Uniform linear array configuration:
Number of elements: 64
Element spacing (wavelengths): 0.75
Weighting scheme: uniform
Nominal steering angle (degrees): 60
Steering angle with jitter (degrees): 60.648
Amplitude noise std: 0.05
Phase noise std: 0.05

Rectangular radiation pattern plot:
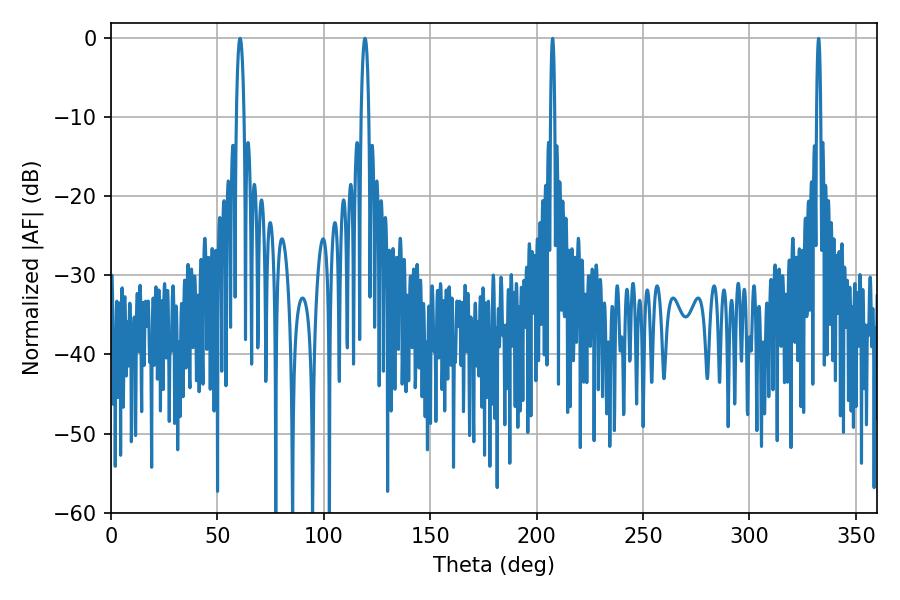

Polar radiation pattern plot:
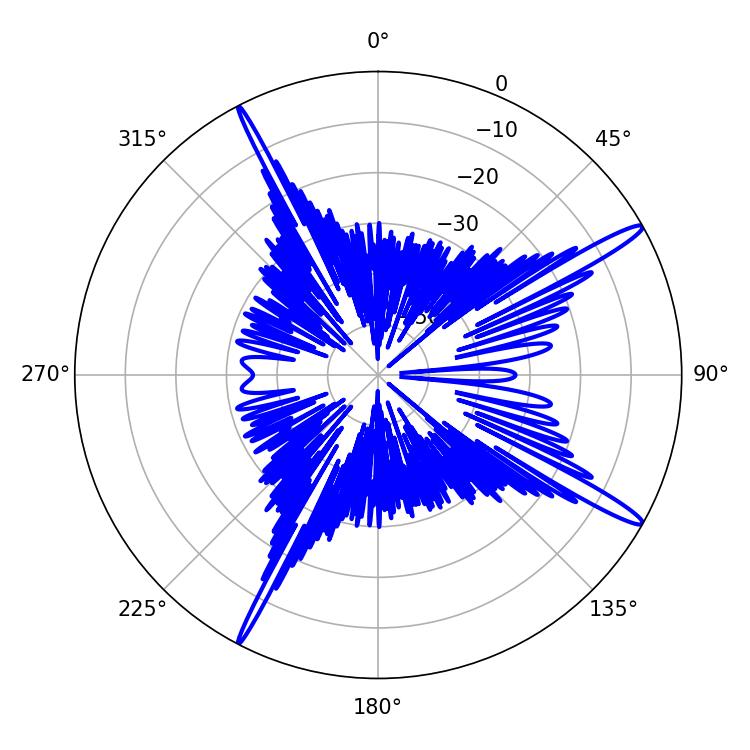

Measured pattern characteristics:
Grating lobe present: TRUE
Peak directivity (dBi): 15.858
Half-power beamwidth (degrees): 2.16
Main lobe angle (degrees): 60.66